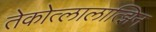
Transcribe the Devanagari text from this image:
तेकोत्लालात्झिन